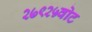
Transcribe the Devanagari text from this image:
२७९२५वोट